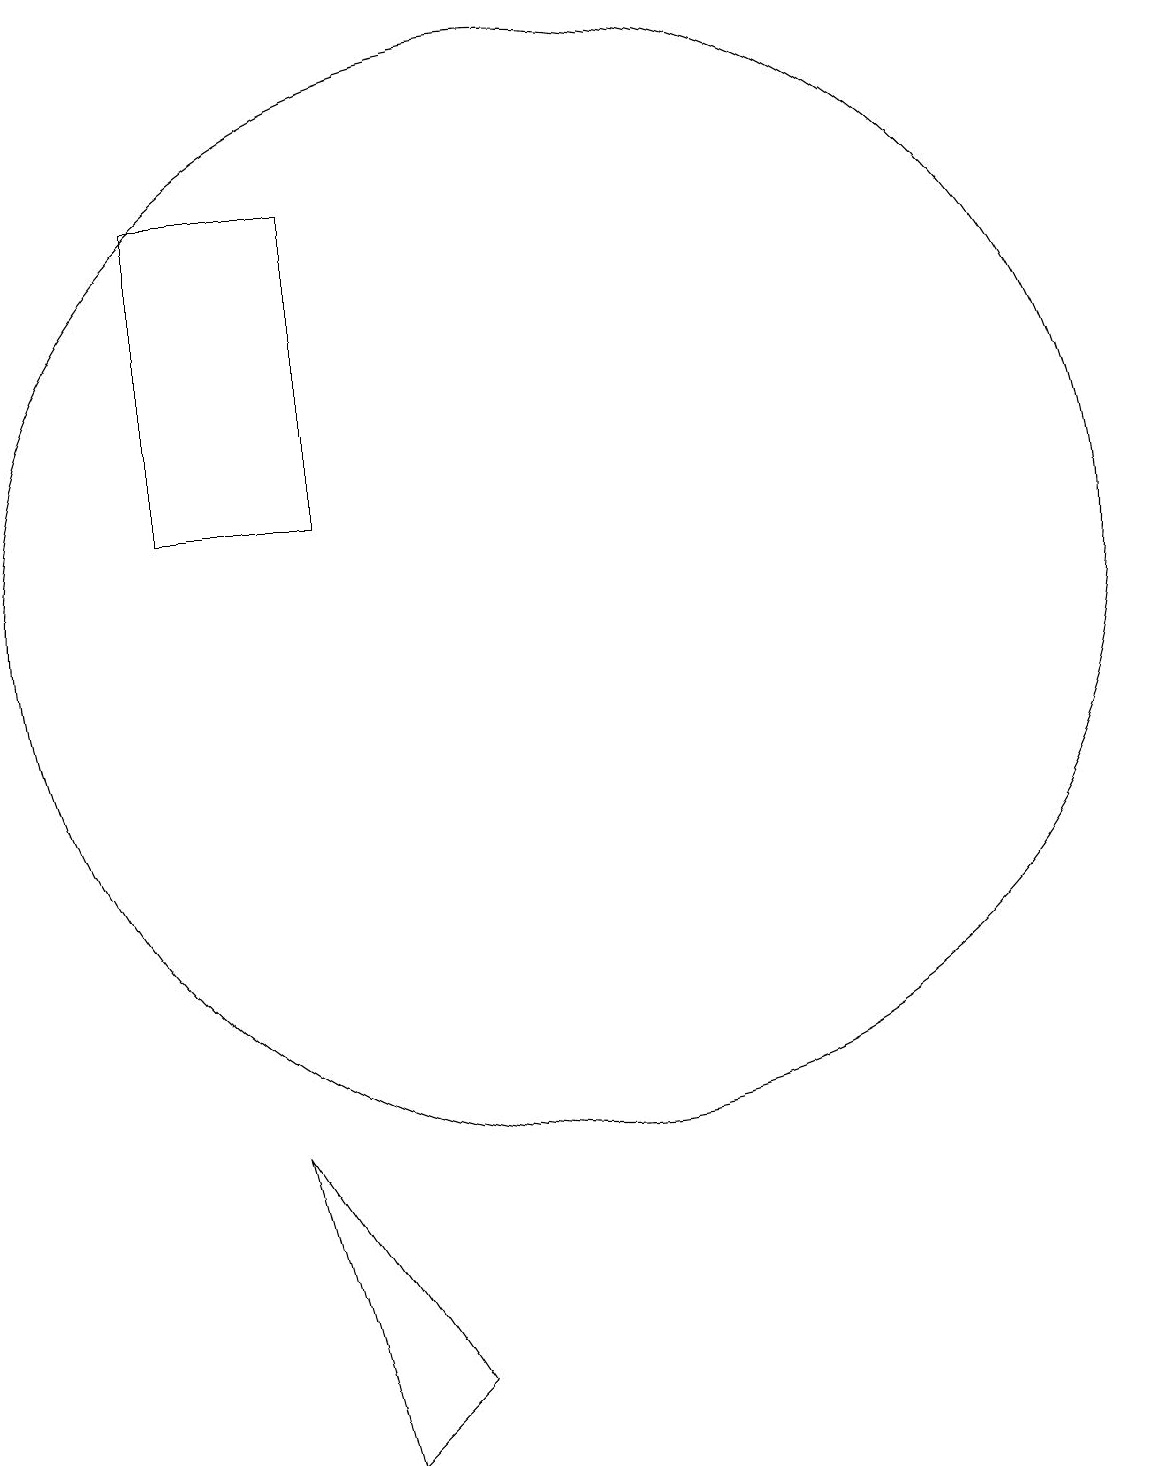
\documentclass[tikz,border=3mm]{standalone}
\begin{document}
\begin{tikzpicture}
\draw (7,17) rectangle (5,13);
\draw (10,12) circle (7);
\draw (7,1) -- (8,2) -- (6,5) -- cycle;
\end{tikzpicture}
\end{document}